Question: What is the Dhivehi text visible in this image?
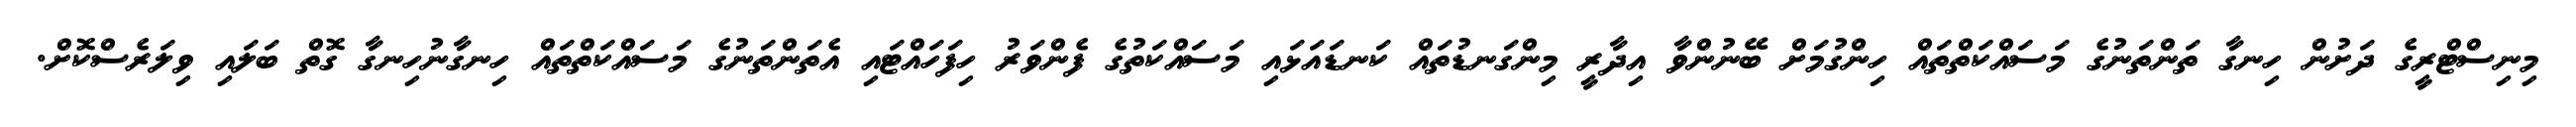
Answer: މިނިސްޓްރީގެ ދަށުން ހިނގާ ތަންތަނުގެ މަސައްކަތްތައް ހިންގުމަށް ބޭނުންވާ އިދާރީ މިންގަނޑުތައް ކަނޑައަޅައި މަސައްކަތުގެ ފެންވަރު ހިފަހައްޓައި އެތަންތަނުގެ މަސައްކަތްތައް ހިނގާނުހިނގާ ގޮތް ބަލައި ވިލަރެސްކޮށް.